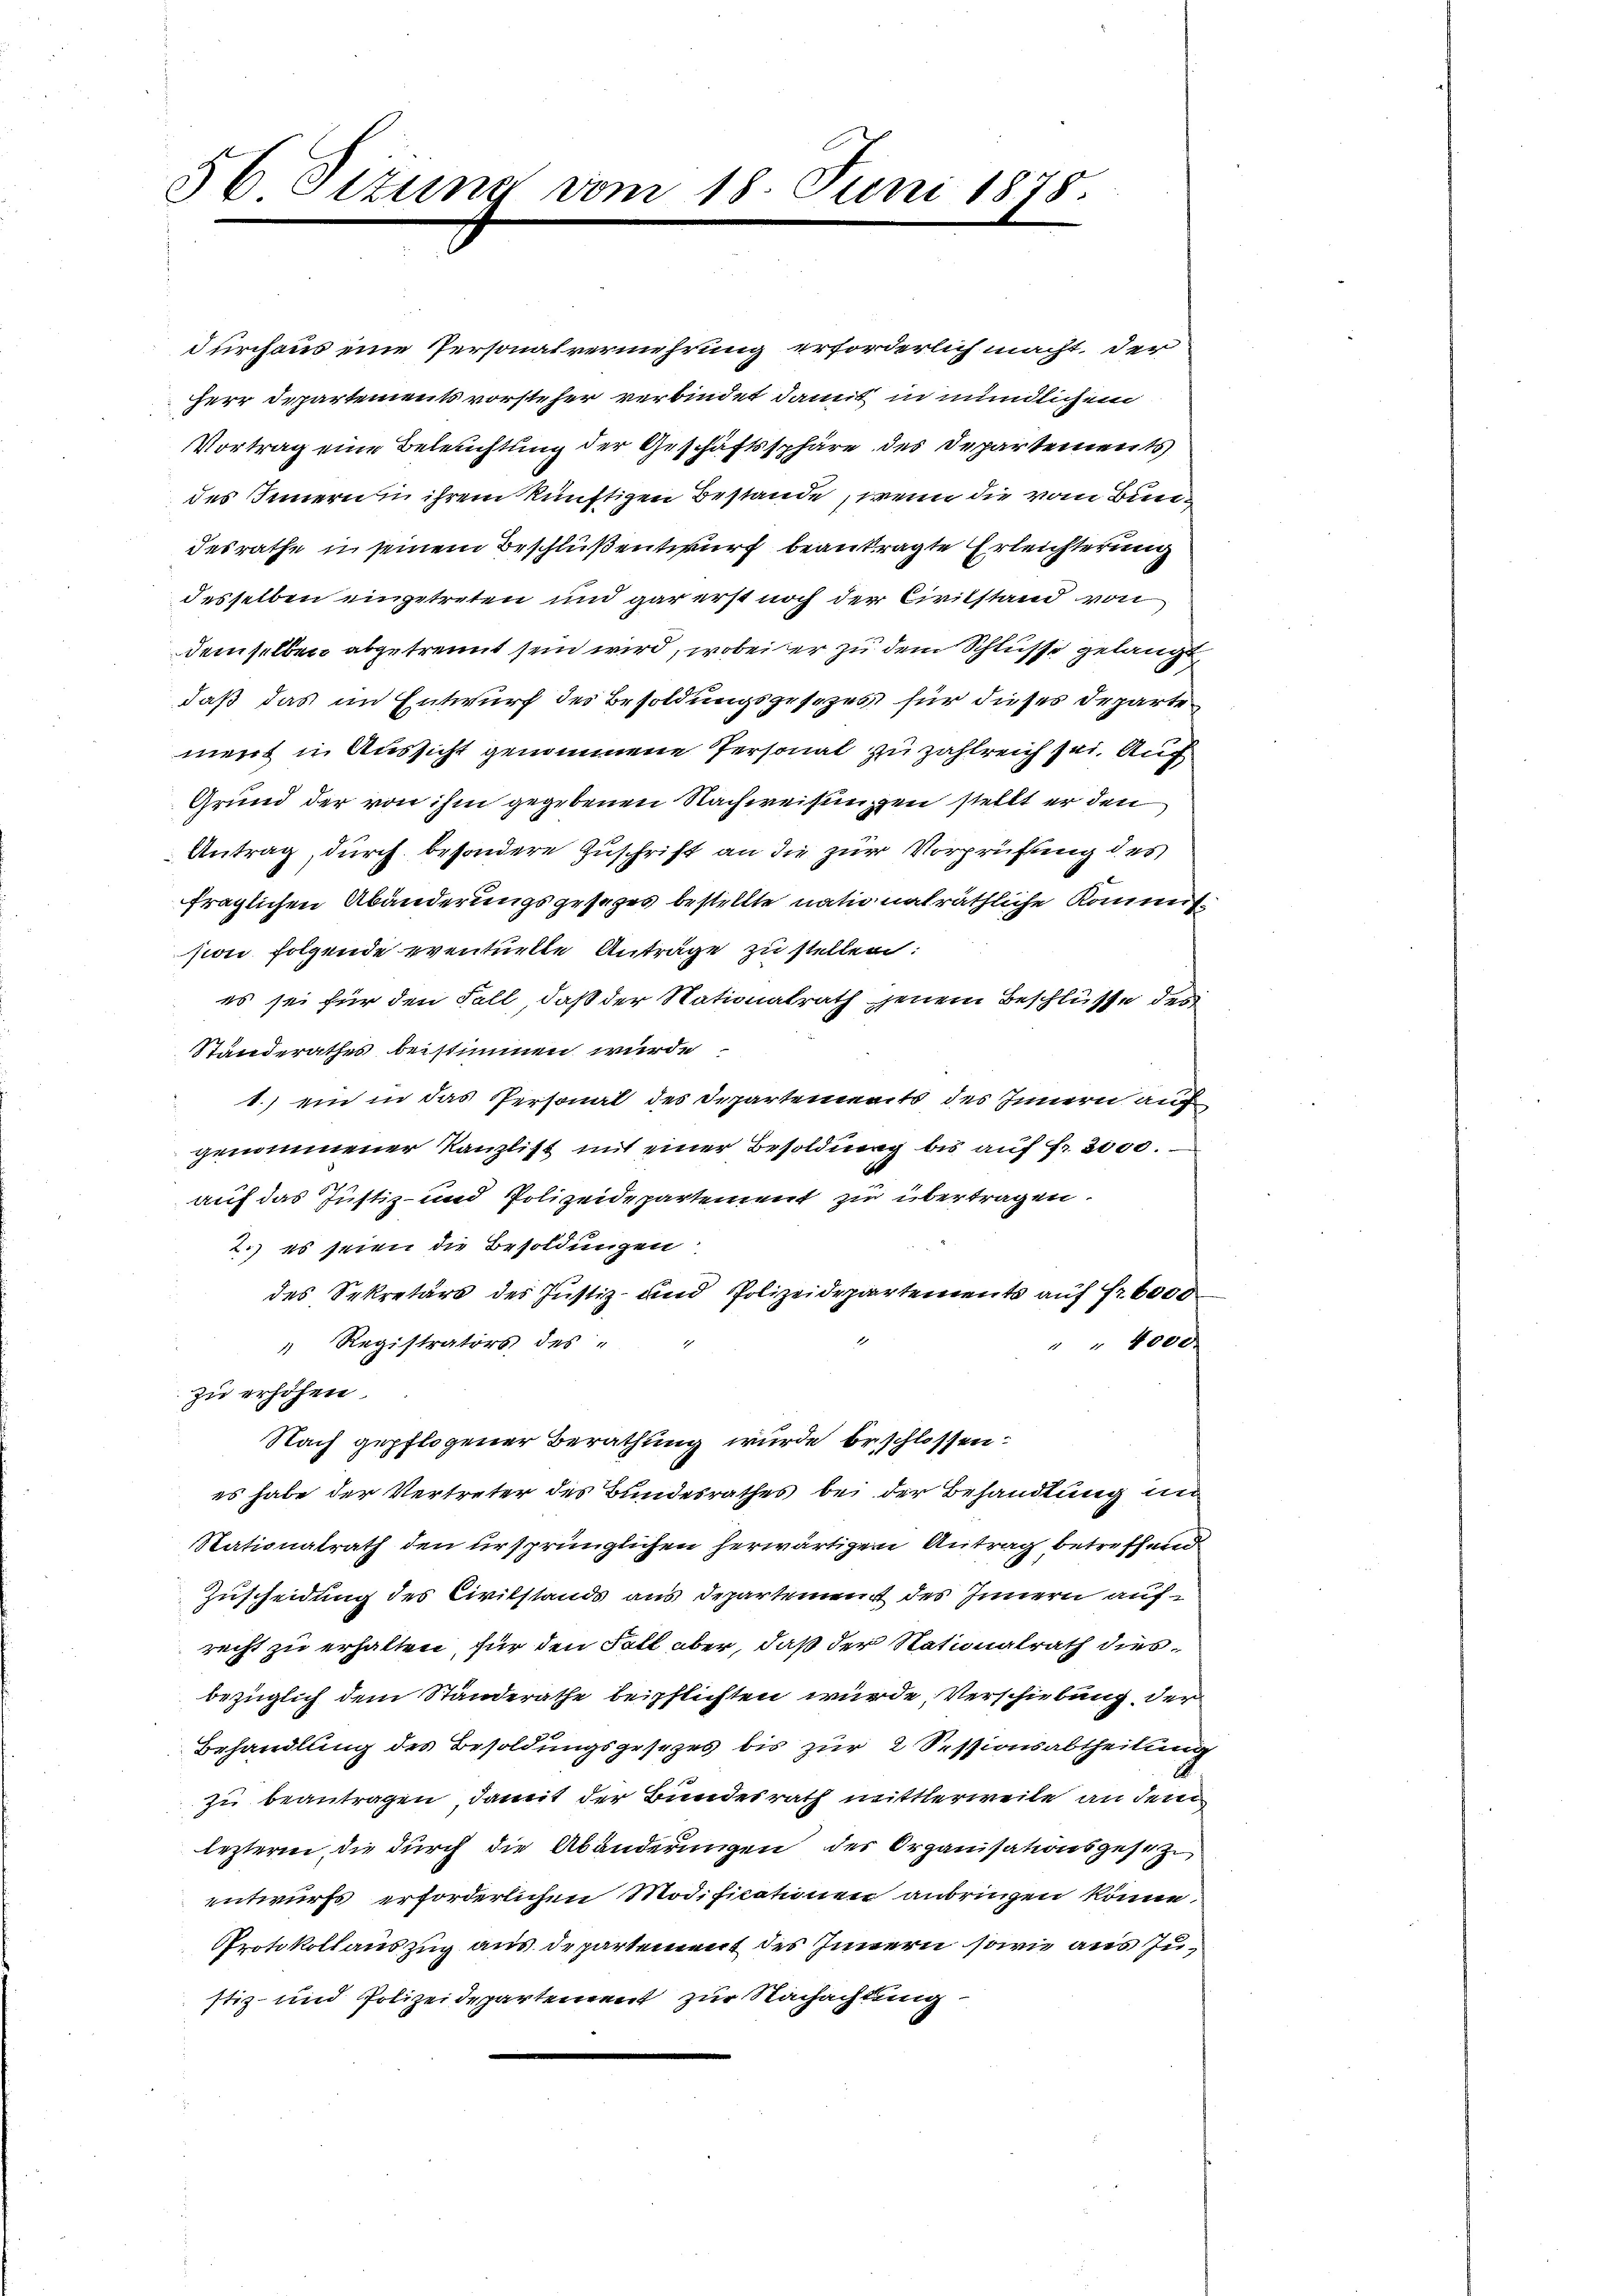
56 Sizung vom 18. Juni 1878.

durchaus eine Personalvermehrung erforderlich macht, der
Herr Departements vorsteher verbindet damit in mündlichem
Vortrag eine Beleuchtung der Geschäftssphäre des Departements
des Innern in ihrem künftigen Bestände, wenn die vom Bundesrathe in seinem Beschluß entwurf beantragte Erleichterung
desselben eingetreten und gar erst noch der Civilstand von
demselben abgetrennt sein wird, wobei er zu dem Schlusse gelangt,
daß das im Entwurf des Besoldungsgesezes für dieses Departe
ment in Aussicht genommene Personal zu zahlreich sei. Aug
Grund der von ihm gegebenen Nachweisungen stellt er den
Antrag, durch besondere Zuschrift an die zur Vorprüfung des
fraglichen Abänderungsgesezes bestellte nationalräthliche Kommission folgende eventuelle Anträge zu stellen:
es sei für den Fall, daß der Nationalrath jenem Beschlüsse des
Standerathes beistimmen wurde.
1.) ein in das Personal des Departements des Innern auf
genommener Kanzlist mit einer Besoldung bis auf Fr. 2000.
auf das Justiz- und Polizeidepartement zu übertragen.
2.) Es seien die Besoldungen
des Sekretärs des Justiz- und Polizeidepartements auf Fr. 6000
" Registrators des "
" " 4000.
zu erhöhen.
Nach gepflogener Berathung wurde beschlossen:
es habe der Vertreter des Bundesrathes bei der Behandlung un
Stationalrath den ursprünglichen herwärtigen Antrag betreffend
Zuscheidung des Civilstands aus Departement des Innern aufrecht zu erhalten, für den Fall aber, daß der Nationalrath diesbezüglich dem Ständerathe beipflichten wurde, Verschiebung der
Behandlung des Besoldungsgesezes bis zur 2 Sessionsabtheilung
zu beantragen, damit der Bundesrath mittlerweile an dem
lezterne, die durch die Abänderungen der Organisationsgesez
entwurfs erforderlichen Modificationen anbringen könne.
Protokollauszug aus Departement des Innern sowie aus Zustiz- und Polizeidepartement zur Nachachtung